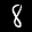
Label: 8